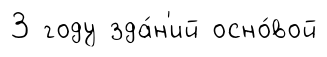
3 году зда́н'ий осно́вой